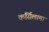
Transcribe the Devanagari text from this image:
कर्सिलामा